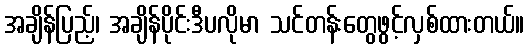
အချိန်ပြည့်၊ အချိန်ပိုင်းဒီပလိုမာ သင်တန်းတွေဖွင့်လှစ်ထားတယ်။